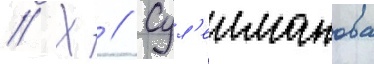
// Х // Сул'еиманова